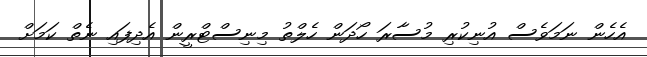
އެހެން ނަމަވެސް އުނިކުރި މުސާރަ ހޯދަން ހެލްތު މިނިސްޓްރީން އެދިފައި ނެތް ކަމަށް